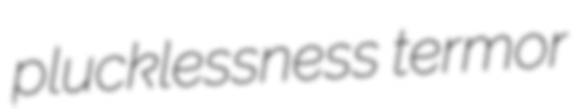
plucklessness termor